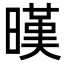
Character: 暵